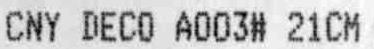
CNY DECO A003# 21CM